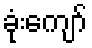
ခုံးကျော်